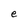
Character: e